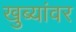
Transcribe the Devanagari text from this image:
खुब्यांवर